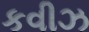
કવીઝ